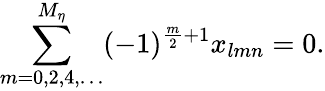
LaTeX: \sum_{m=0,2,4,\ldots}^{M_{\eta}}(-1)^{\frac{m}{2}+1}x_{lmn}=0.